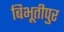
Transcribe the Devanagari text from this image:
बिभूतीपुर